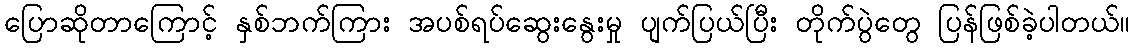
ပြောဆိုတာကြောင့် နှစ်ဘက်ကြား အပစ်ရပ်ဆွေးနွေးမှု ပျက်ပြယ်ပြီး တိုက်ပွဲတွေ ပြန်ဖြစ်ခဲ့ပါတယ်။